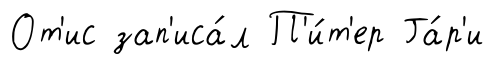
От'ис зап'иса́л П'и́т'ер Га́р'и